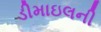
ડીમાઇલની